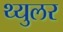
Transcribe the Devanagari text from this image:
थ्युलर